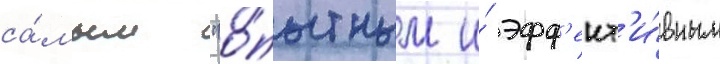
са́мым "о́пытным и́ эфф'ект'и́вным